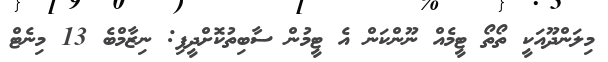
މިލަންދޫއަކީ ތޯތޯ ޓީމެއް ނޫންކަން އެ ޓީމުން ސާބިތުކޮށްދީފި: ނިޒާމްބެ 13 މިނެޓް